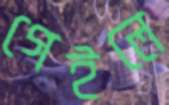
গেইলে